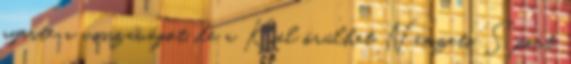
nyerte a visszavágót, de a Kiel örülhet Nemzeti Sport